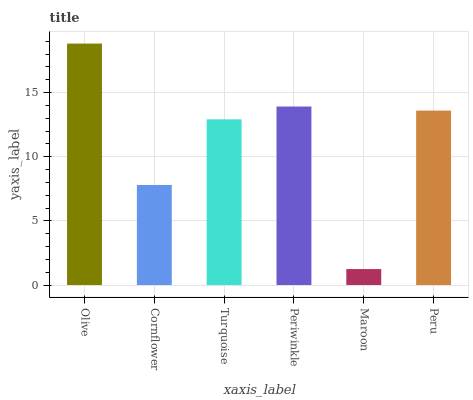
| xaxis_label | bars |
 | --- | --- |
 | Olive | 18.8 |
 | Cornflower | 7.8 |
 | Turquoise | 12.9 |
 | Periwinkle | 13.9 |
 | Maroon | 1.24 |
 | Peru | 13.6 |